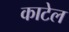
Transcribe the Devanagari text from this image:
काटेल